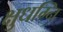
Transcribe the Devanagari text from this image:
क्षुधग्नि